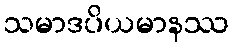
သမာဒပိယမာနဿ